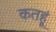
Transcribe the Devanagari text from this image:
कतहूं